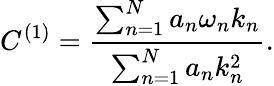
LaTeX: C^{(1)}=\frac{\sum_{n=1}^{N}a_{n}\omega_{n}k_{n}}{\sum_{n=1}^{N}a_{n}k_{n}^{2}}.